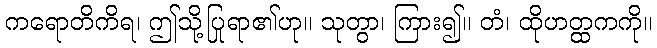
ကရောတိကိရ၊ ဤသို့ပြုရာ၏ဟု။ သုတွာ၊ ကြား၍။ တံ၊ ထိုဟတ္ထကကို။